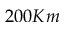
2 0 0 K m